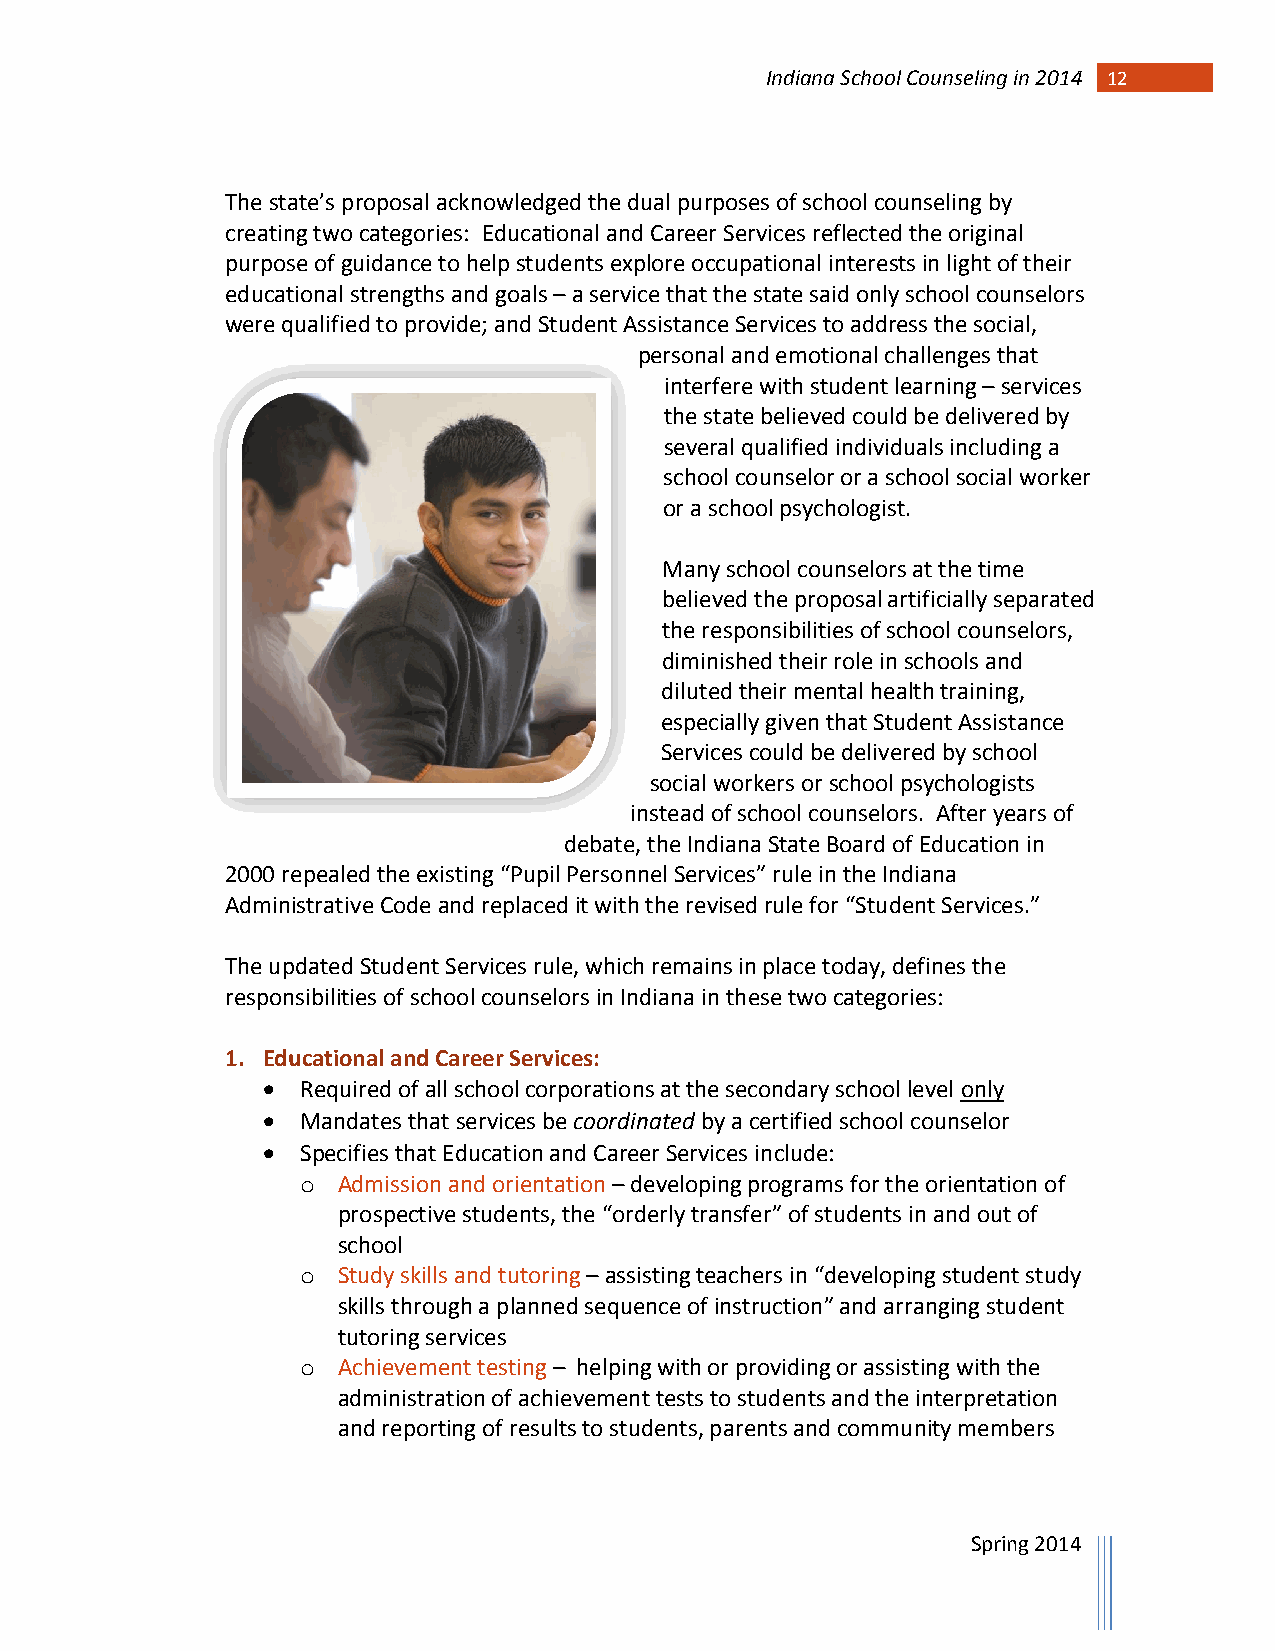
Indiana School Counseling in 2014 1 2
 The state’s proposal acknowledged the dual purposes of school counseling by
 creating two categories: Educational and Career Services reflected the original
 purpose of guidance to help students explore occupational interests in light of their
 educational strengths and goals – a service that the state said only school counselors
 were qualified to provide; and Student Assistance Services to address the social,
 personal and emotional challenges that
 interfere with student learning – services
 the state believed could be delivered by
 several qualified individuals including a
 school counselor or a school social worker
 or a school psychologist.
 Many school counselors at the time
 believed the proposal artificially separated
 the responsibilities of school counselors,
 diminished their role in schools and
 diluted their mental health training,
 especially given that Student Assistance
 Services could be delivered by school
 social workers or school psychologists
 instead of school counselors. After years of
 debate, the Indiana State Board of Education in
 2000 repealed the existing “Pupil Personnel Services” rule in the Indiana
 Administrative Code and replaced it with the revised rule for “Student Services.”
 The updated Student Services rule, which remains in place today, defines the
 responsibilities of school counselors in Indiana in these two categories:
 1. Educational and Career Services:
   Required of all school corporations at the secondary school level only
   Mandates that services be coordinated by a certified school counselor
   Specifies that Education and Career Services include:
 o Admission and orientation – developing programs for the orientation of
 prospective students, the “orderly transfer” of students in and out of
 school
 o Study skills and tutoring – assisting teachers in “developing student study
 skills through a planned sequence of instruction” and arranging student
 tutoring services
 o Achievement testing – helping with or providing or assisting with the
 administration of achievement tests to students and the interpretation
 and reporting of results to students, parents and community members
 Spring 2014